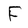
Character: F